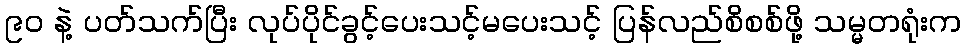
၉ဝ နဲ့ ပတ်သက်ပြီး လုပ်ပိုင်ခွင့်ပေးသင့်မပေးသင့် ပြန်လည်စိစစ်ဖို့ သမ္မတရုံးက